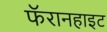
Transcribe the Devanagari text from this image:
फॅरानहाइट